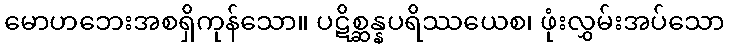
မောဟဘေးအစရှိကုန်သော။ ပဋိစ္ဆန္နပရိဿယေစ၊ ဖုံးလွှမ်းအပ်သော